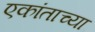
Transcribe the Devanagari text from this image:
एकांताच्या